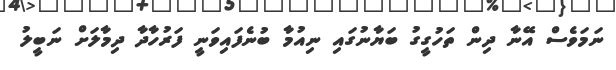
ނަމަވެސް އޭނާ ދިން ތަހުގީގު ބަޔާނުގައި ނިއުމާ ބުނެފައިވަނީ ފަރުހާދާ ދިމާލަށް ނަބީލު